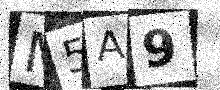
Text: M5A9